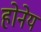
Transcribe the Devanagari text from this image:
होनेय